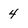
Character: 4